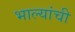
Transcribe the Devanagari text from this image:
भाल्यांची